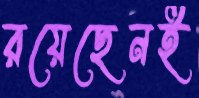
রয়েছেনই